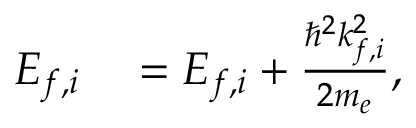
\begin{array} { r l } { E _ { f , i } } & { { } = { \cal E } _ { f , i } + \frac { \hbar ^ { 2 } k _ { f , i } ^ { 2 } } { 2 m _ { e } } , } \end{array}